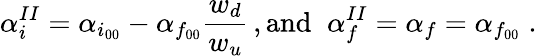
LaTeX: \alpha_{i}^{II}=\alpha_{i_{00}}-\alpha_{f_{00}}\frac{w_{d}}{w_{u}}\, ,\textrm{and}\; \; \alpha_{f}^{II}=\alpha_{f}=\alpha_{f_{00}}\; .